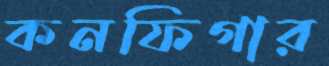
কনফিগার